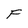
Character: F